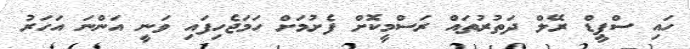
ހައި ސްޕީޑް ރޭލް ދަތުރުތައް ރަސްމީކޮށް ފެށުމަށް ހަމަޖެހިފައި ވަނީ އަންނަ އަހަރު